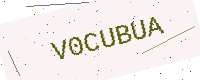
Text: V0CUBUA